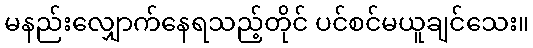
မနည်းလျှောက်နေရသည့်တိုင် ပင်စင်မယူချင်သေး။